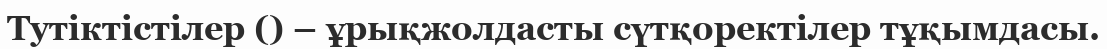
Тутіктістілер () – ұрықжолдасты сүтқоректілер тұқымдасы.